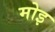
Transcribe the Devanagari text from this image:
मोइ